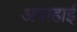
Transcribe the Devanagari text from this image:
अबाहाई